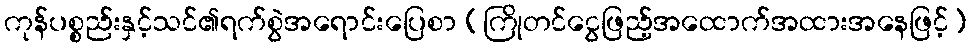
ကုန်ပစ္စည်းနှင့်သင်၏ရက်စွဲအရောင်းပြေစာ (ကြိုတင်ငွေဖြည့်အထောက်အထားအနေဖြင့်)